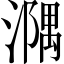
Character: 𣿃